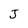
Character: J